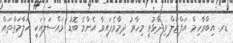
ޑރ. އިބްރާހިމް އަފްޒަލް ވިދާޅުވީ މިހާރު ދިމާވެފައިވާ އެންމެ ބޮޑު މައްސަލައަކީ އަލާމަތްތައް